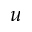
u